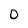
Character: o